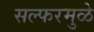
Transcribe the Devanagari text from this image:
सल्फरमुळे